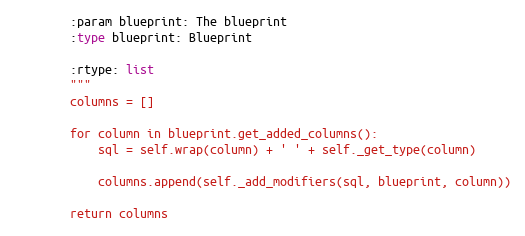
Language: Python
        :param blueprint: The blueprint
        :type blueprint: Blueprint

        :rtype: list
        """
        columns = []

        for column in blueprint.get_added_columns():
            sql = self.wrap(column) + ' ' + self._get_type(column)

            columns.append(self._add_modifiers(sql, blueprint, column))

        return columns